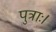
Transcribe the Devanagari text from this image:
पुत्राः।